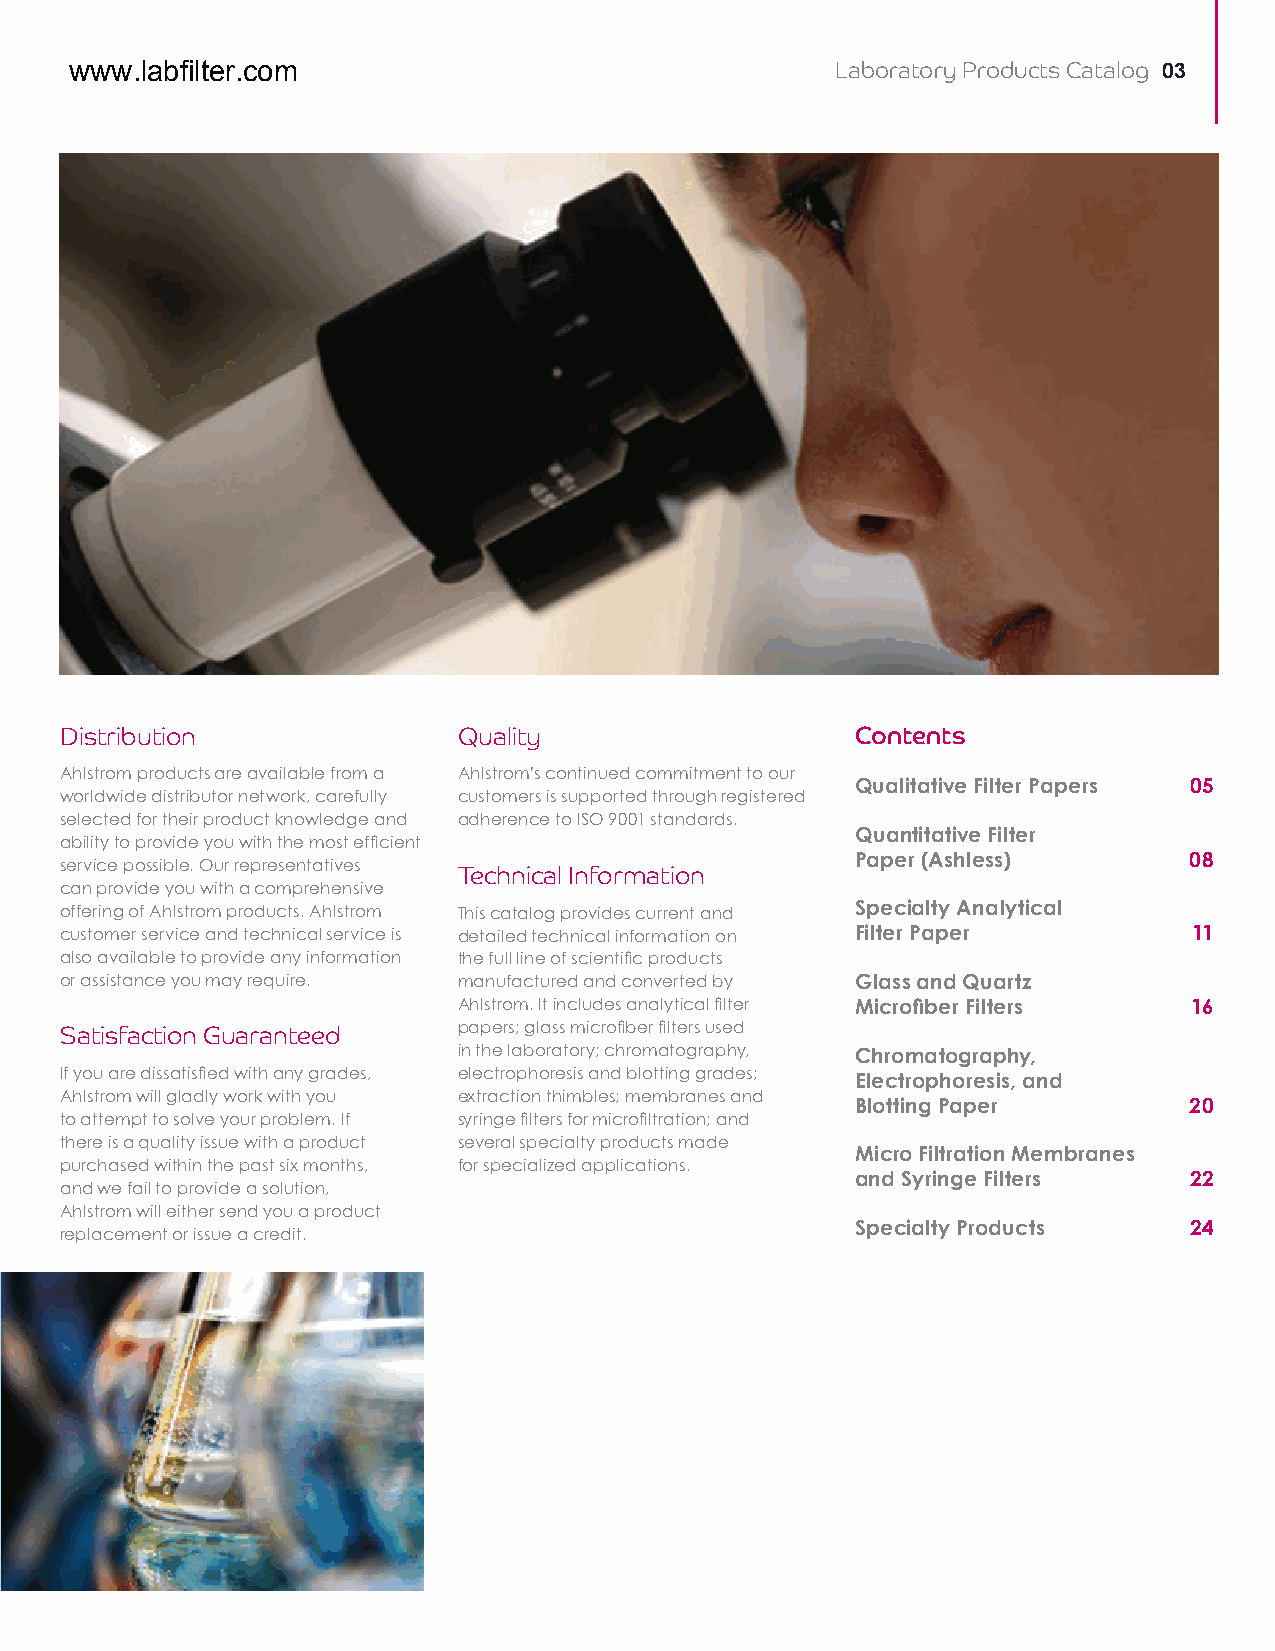
www.labfilter.com                                 Laboratory Products Catalog 03
 Distribution              Quality                    Contents
 Ahlstrom products are available from a Ahlstrom’s continued commitment to our
 Qualitative Filter Papers 05
 worldwide distributor network, carefully customers is supported through registered
 selected for their product knowledge and adherence to ISO 9001 standards.
 Quantitative Filter
 ability to provide you with the most efficient
 Paper (Ashless)       08
 service possible. Our representatives
 Technical Information
 can provide you with a comprehensive
 offering of Ahlstrom products. Ahlstrom This catalog provides current and Specialty Analytical
 customer service and technical service is detailed technical information on Filter Paper 11
 also available to provide any information the full line of scientific products
 or assistance you may require. manufactured and converted by Glass and Quartz
 Ahlstrom. It includes analytical filter Microfiber Filters 16
 Satisfaction Guaranteed   papers; glass microfiber filters used
 in the laboratory; chromatography, Chromatography,
 If you are dissatisfied with any grades, electrophoresis and blotting grades; Electrophoresis, and
 Ahlstrom will gladly work with you extraction thimbles; membranes and
 Blotting Paper        20
 to attempt to solve your problem. If syringe filters for microfiltration; and
 there is a quality issue with a product several specialty products made
 Micro Filtration Membranes
 purchased within the past six months, for specialized applications.
 and Syringe Filters   22
 and we fail to provide a solution,
 Ahlstrom will either send you a product
 Specialty Products    24
 replacement or issue a credit.